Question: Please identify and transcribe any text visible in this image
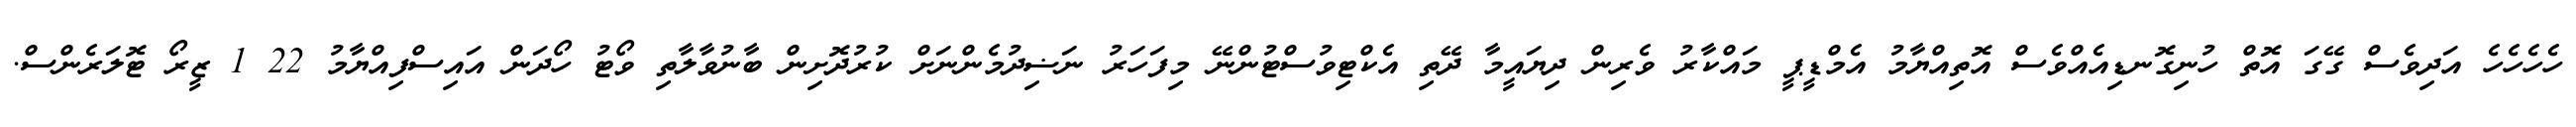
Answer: ހެހެހެހެ އަދިވެސް ގޭގަ އޮތް ހުނިގޮނޑިއެއްވެސް އޮތިއްޔާމު އެމްޑީޕީ މައްކާރު ވެރިން ދިޔައީމާ ދޭތި އެކްޓިވުސްޓުންނޭ މިފަހަރު ނަޟިދުމެންނަށް ކުރުދޮށިން ބާނުވާލާތި ވޯޓު ހޯދަން އައިސްފިއްޔާމު 22 1 ޒީރޯ ޓޮލަރެންސް.